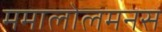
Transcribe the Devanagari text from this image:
ममालोलमनस